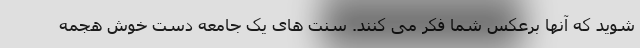
شوید که آنها برعکس شما فکر می کنند. سنت های یک جامعه دست خوش هجمه